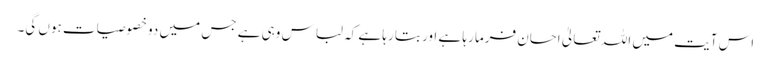
اس آیت میں اللہ تعالیٰ احسان فرما رہا ہے اور بتا رہا ہے کہ لباس وہی ہے جس میں دو خصوصیات ہوں گی۔